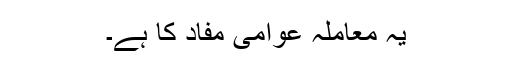
یہ معاملہ عوامی مفاد کا ہے۔